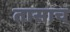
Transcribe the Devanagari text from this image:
तासाच